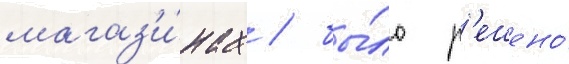
магаз'и́нах / бы́ло р'ешено́